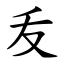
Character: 叐